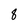
Character: 8